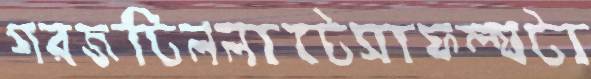
গরজটিললাটেসাফল্যটা